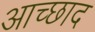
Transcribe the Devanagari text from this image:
आच्छाद